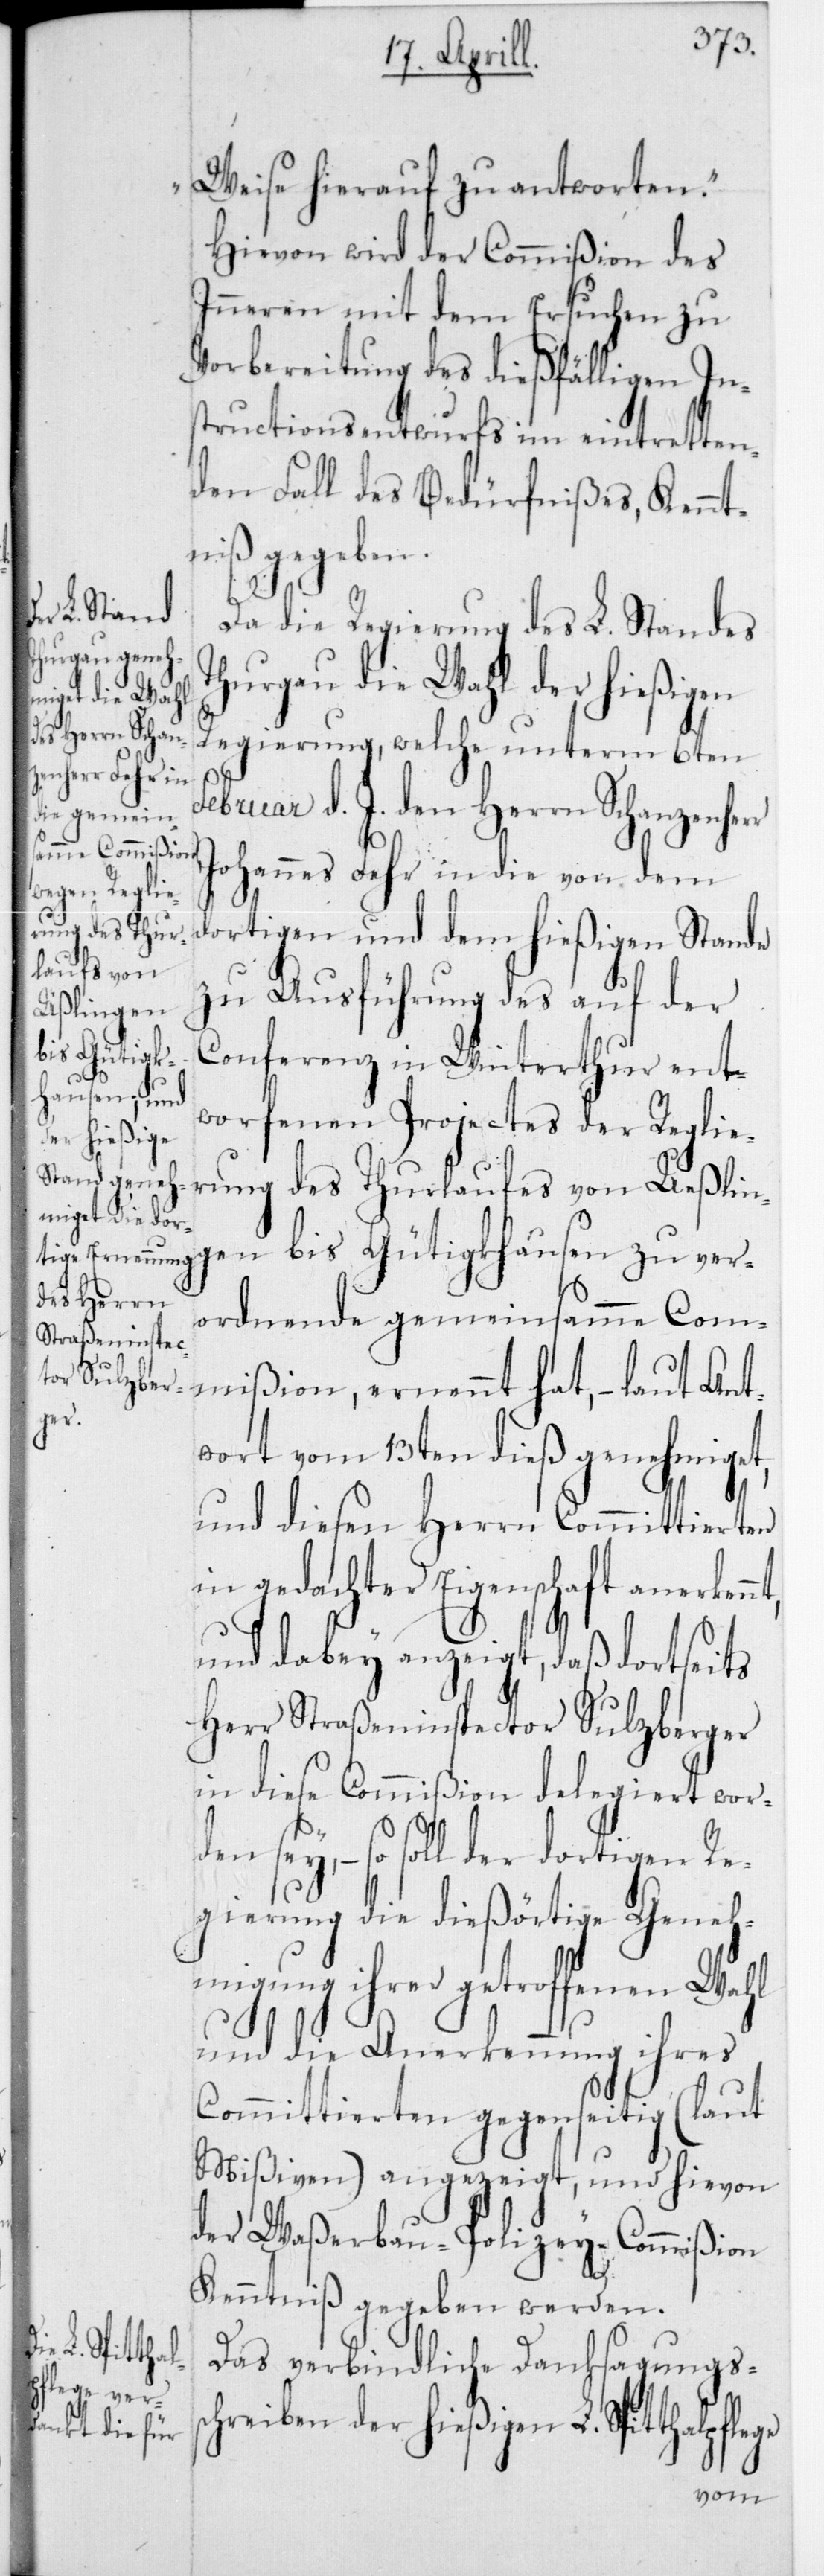
Weise hierauf zu antworten“.
Hievon wird der Commißion des
Innern mit dem Ersuchen zu
Vorbereitung des dießfälligen In¬
structionsentwurfs im eintretten¬
den Fall des Bedürfnißes, Kennt¬
niß gegeben.
Da die Regierung des L. Standes
Thurgau die Wahl der hießigen
Regierung, welche unterm 6ten
Februar d. J. den Herrn Schanzenherr
Johannes Fehr in die von dem
dortigen und dem hießigen Stande
zu Ausführung des auf der
Conferenz in Winterthur ent¬
worfenen Projectes der Reglie¬
rung des Thurlaufes von Ueßlin¬
bis Gütigkhausen zu ver¬
ordnende gemeinsamme Com¬
mißion, ernennt hat, – laut Ant¬
wort vom 13ten dieß genehmiget,
und diesen Herrn Committierten
in gedachter Eigenschaft anerkenn¬
flege
und dabey anzeigt, daß dortseits
Herr Straßeninspector Sulzberger
in diese Commißion delegiert wor¬
– so soll der dortigen R¬
egierung die dießörtige Geneh¬
migung ihrer getroffenen Wahl
und die Anerkennung ihres
Committierten gegenseitig (laut
Mißiven) angezeigt, und hievon
der Waßerbau-Polizey-Commißion
Kenntniß gegeben werden.
Das verbindliche Danksagungss¬
chreiben der hießigen L. Spitthalp¬